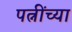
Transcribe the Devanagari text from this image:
पत्नींच्या